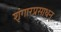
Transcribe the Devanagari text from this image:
शृंगारप्रसाधन